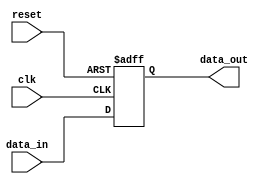
module latch (
    input wire clk,  // Clock signal
    input wire reset,  // Reset signal
    input wire data_in,  // Input data
    output reg data_out  // Output data
);

always @(posedge clk or posedge reset) begin
    if (reset) begin
        data_out <= 1'b0;  // Initialize data_out to 0 on reset
    end else begin
        data_out <= data_in;  // Store input data in data_out
    end
end

endmodule